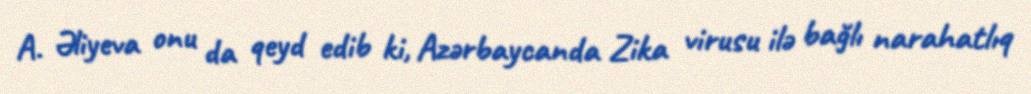
A. Əliyeva onu da qeyd edib ki, Azərbaycanda Zika virusu ilə bağlı narahatlıq